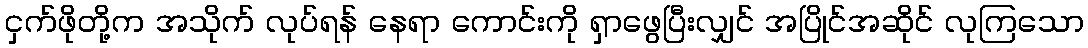
ငှက်ဖိုတို့က အသိုက် လုပ်ရန် နေရာ ကောင်းကို ရှာဖွေပြီးလျှင် အပြိုင်အဆိုင် လုကြသော